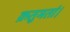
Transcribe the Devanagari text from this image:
क्रतुमतां।